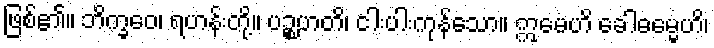
ဖြစ်၏။ ဘိက္ခဝေ၊ ရဟန်းတို့။ ပဉ္စဟတိ၊ ငါးပါးကုန်သော။ ဣမေဟိ ခေါဓမ္မေဟိ၊